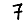
Digit: 7